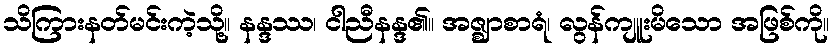
သိကြားနတ်မင်းကဲ့သို့။ နန္ဒဿ၊ ငါညီနန္ဒ၏။ အဇ္ဈာစာရံ၊ လွန်ကျူးမိသော အဖြစ်ကို။